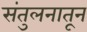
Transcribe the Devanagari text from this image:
संतुलनातून